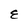
Character: E